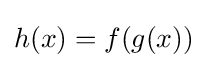
{\textstyle h(x)=f(g(x))}